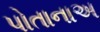
પોતાનાઅ